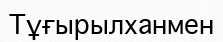
Тұғырылханмен